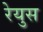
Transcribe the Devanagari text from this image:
रेयुस